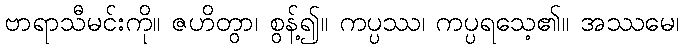
ဗာရာသီမင်းကို။ ဇဟိတွာ၊ စွန့်၍။ ကပ္ပဿ၊ ကပ္ပရသေ့၏။ အဿမေ၊